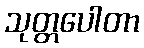
သုတ္တပေါတာ